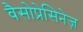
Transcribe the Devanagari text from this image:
वैसोप्रेसिनेज़